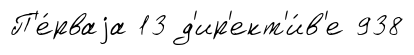
П'е́рваjа 13 д'ир'ект'и́в'е 938